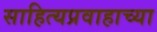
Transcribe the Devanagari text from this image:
साहित्यप्रवाहाच्या